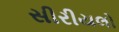
સીરીયલો